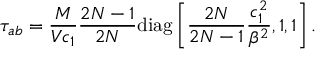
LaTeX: \tau _ { a b } = \frac { M } { V c _ { 1 } } \frac { 2 N - 1 } { 2 N } \mathrm { d i a g } \left[ \frac { 2 N } { 2 N - 1 } \frac { c _ { 1 } ^ { 2 } } { \beta ^ { 2 } } , 1 , 1 \right] .